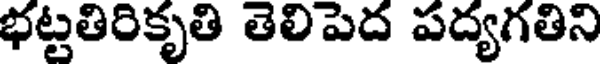
భట్టతిరికృతి తెలిపెద పద్యగతిని